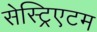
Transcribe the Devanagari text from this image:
सेस्ट्रिएटम